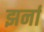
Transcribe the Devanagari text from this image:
झर्ना